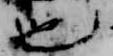
也